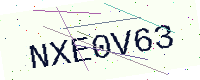
Text: NXE0V63